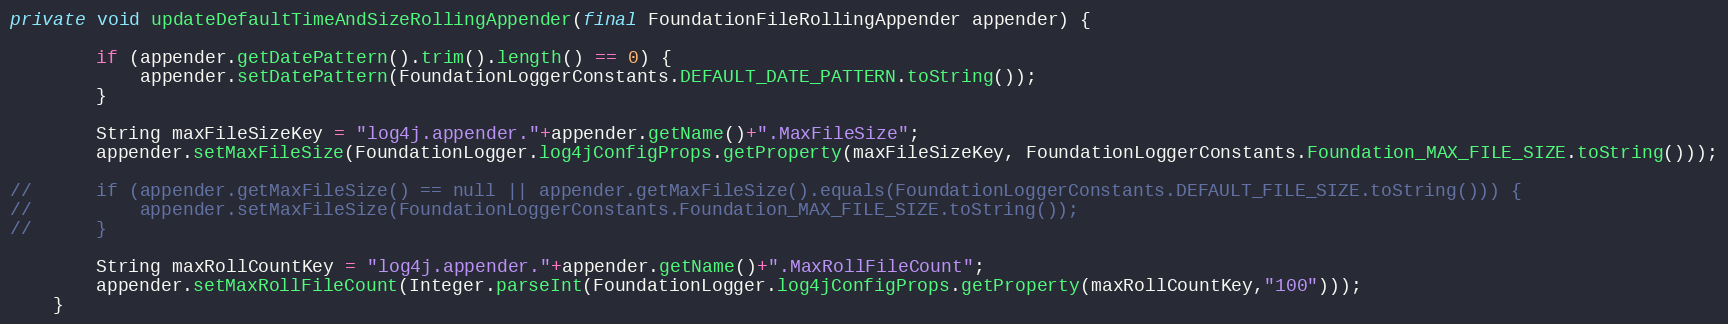
Language: Java
private void updateDefaultTimeAndSizeRollingAppender(final FoundationFileRollingAppender appender) {

		if (appender.getDatePattern().trim().length() == 0) {
			appender.setDatePattern(FoundationLoggerConstants.DEFAULT_DATE_PATTERN.toString());
		}

		String maxFileSizeKey = "log4j.appender."+appender.getName()+".MaxFileSize";
		appender.setMaxFileSize(FoundationLogger.log4jConfigProps.getProperty(maxFileSizeKey, FoundationLoggerConstants.Foundation_MAX_FILE_SIZE.toString()));

//		if (appender.getMaxFileSize() == null || appender.getMaxFileSize().equals(FoundationLoggerConstants.DEFAULT_FILE_SIZE.toString())) {
//			appender.setMaxFileSize(FoundationLoggerConstants.Foundation_MAX_FILE_SIZE.toString());
//		}

		String maxRollCountKey = "log4j.appender."+appender.getName()+".MaxRollFileCount";
		appender.setMaxRollFileCount(Integer.parseInt(FoundationLogger.log4jConfigProps.getProperty(maxRollCountKey,"100")));
	}